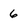
Character: 6